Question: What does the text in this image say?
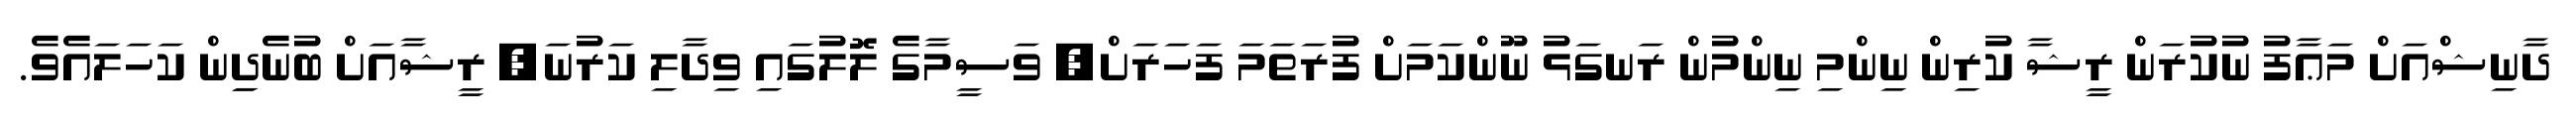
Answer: ދާނިޝްއަށް މަޢާފު ނުކުރަން ރީޝާ ކުރިން ނިންމި ނިންމުން ރަނގަޅު ނޫންކަމަށް ފުރަތަމަ ފަހަރަށް, ވަސީމާގެ ލޮލުގައި ވިދާލި ކަރުނަ, ރީޝާއަށް ބުނެދިިން ކަހަލައެވެ.